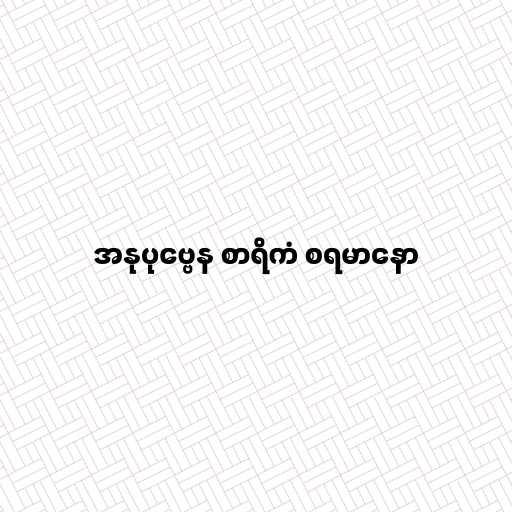
အနုပုဗ္ဗေန စာရိကံ စရမာနော